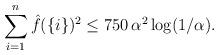
LaTeX: \begin{align*} \sum_{i=1}^n \hat f(\{i\})^2 \leq 750 \, \alpha^2 \log(1 / \alpha). \end{align*}